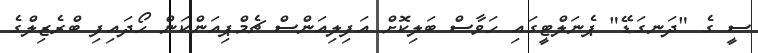
ސީ ގެ "ދަނގަޑޭ" ޕެނަލްޓީގައި ހަވާސް ބަލިކޮށް އަފިލިއަންސް ޗެމްޕިއަންކަން ހޯދައިފި ބްރެޒިލްގެ